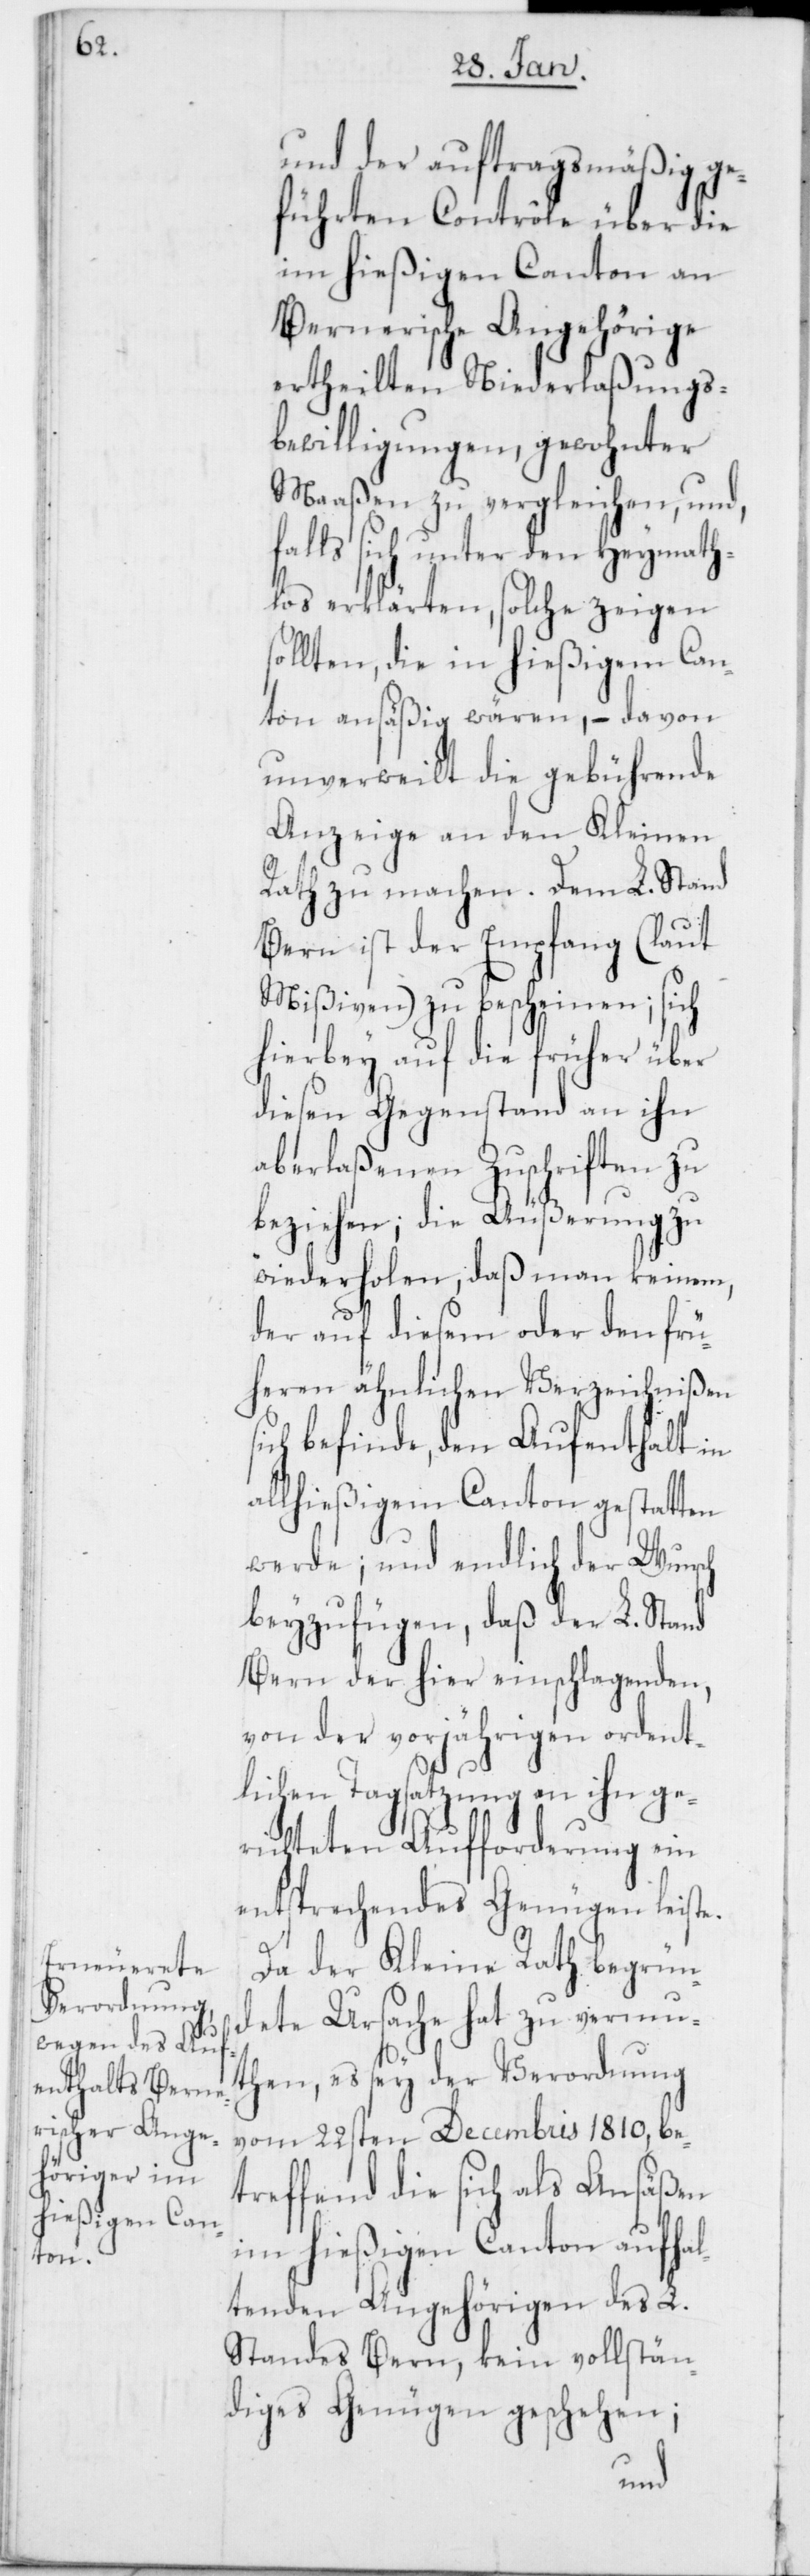
e.

und auftragsmäßig ge¬
führten Contrôle über die
im hießigen Canton an
Bernerische Angehörige
ertheilten Niederlaßungs¬
bewilligungen, gewohnter
Maaßen zu vergleichen, und,
falls sich unter den heymath¬
los erklärten, solche zeigen
ollten, die in hießigem Can¬
ton ansäßig wären, – davon
unverweilt die gebührende
Anzeige an den Kleinen
Rath zu machen. Dem L. Stand
Bern ist der Empfang (laut
Mißiven) zu bescheinen; sich
hierbey auf die früher über
diesen Gegenstand an ihn
aberlaßenen Zuschriften zu
beziehen; die Äußerung zu
wiederholen, daß man keinem,
der auf diesem oder den frü¬
heren ähnlichen Verzeichnißen
sich befinde, den Aufenthalt in
allhießigem Canton gestatten
werde; und endlich der Wunsch
beyzufügen, daß der L. Stand
Bern der hier einschlagenden,
von der vorjährigen ordent¬
lichen Tagsatzung an ihn ge¬
richteten Aufforderung ein
entsprechendes Genügen leist¬
Da der Kleine Rath begrün¬
dete Ursache hat zu vermu¬
then, es sey der Verordnung
vom 22sten Decembris 1810, be¬
treffend die sich als Ansäßen
im hießigen Canton aufhal¬
tenden Angehörigen des L.
Standes Bern, kein vollstän¬
diges Genügen geschehen;